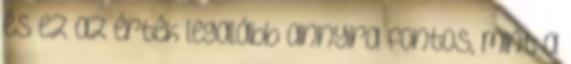
és ez az érték legalább annyira fontos, mint a